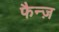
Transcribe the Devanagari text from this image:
फैन्ज़